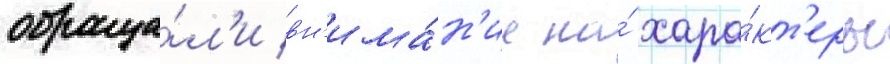
обраща́л'и вн'има́н'ие на́ хара́кт'еры